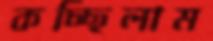
কচ্ছিলাম